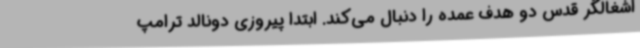
اشغالگر قدس دو هدف عمده را دنبال می‌کند. ابتدا پیروزی دونالد ترامپ